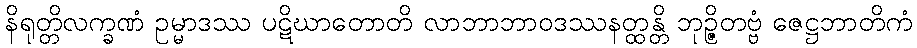
နိရုတ္တိလက္ခဏံ ဥမ္မာဒဿ ပဋိဃာတောတိ လာဘာဘာဝဒဿနတ္ထန္တိ ဘုဉ္ဇိတဗ္ဗံ ဇေဋ္ဌဘာတိကံ